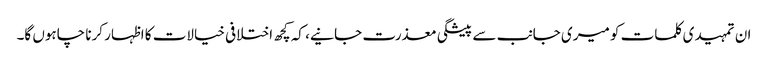
ان تمہیدی کلمات کو میری جانب سے پیشگی معذرت جانیے، کہ کچھ اختلافی خیالات کا اظہار کرنا چاہوں گا۔